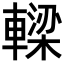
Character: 𨎛